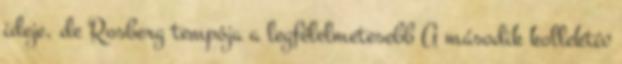
ideje, de Rosberg tempója a legfélelmetesebb A második kollektív